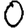
Digit: 0